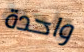
واحدة